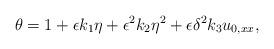
LaTeX: \begin{align*} \theta = 1 + \epsilon k_{1}\eta + \epsilon^{2} k_{2}\eta^{2} + \epsilon\delta^{2} k_{3}u_{0,xx},\end{align*}